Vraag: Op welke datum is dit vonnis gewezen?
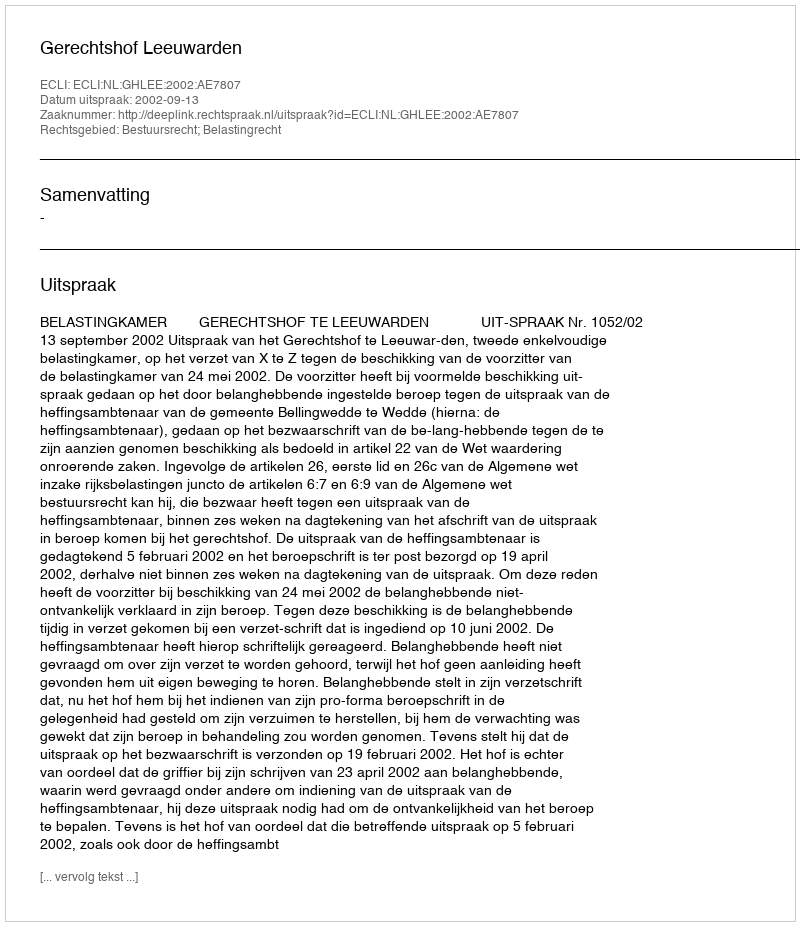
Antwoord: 2002-09-13